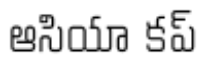
ఆసియా కప్